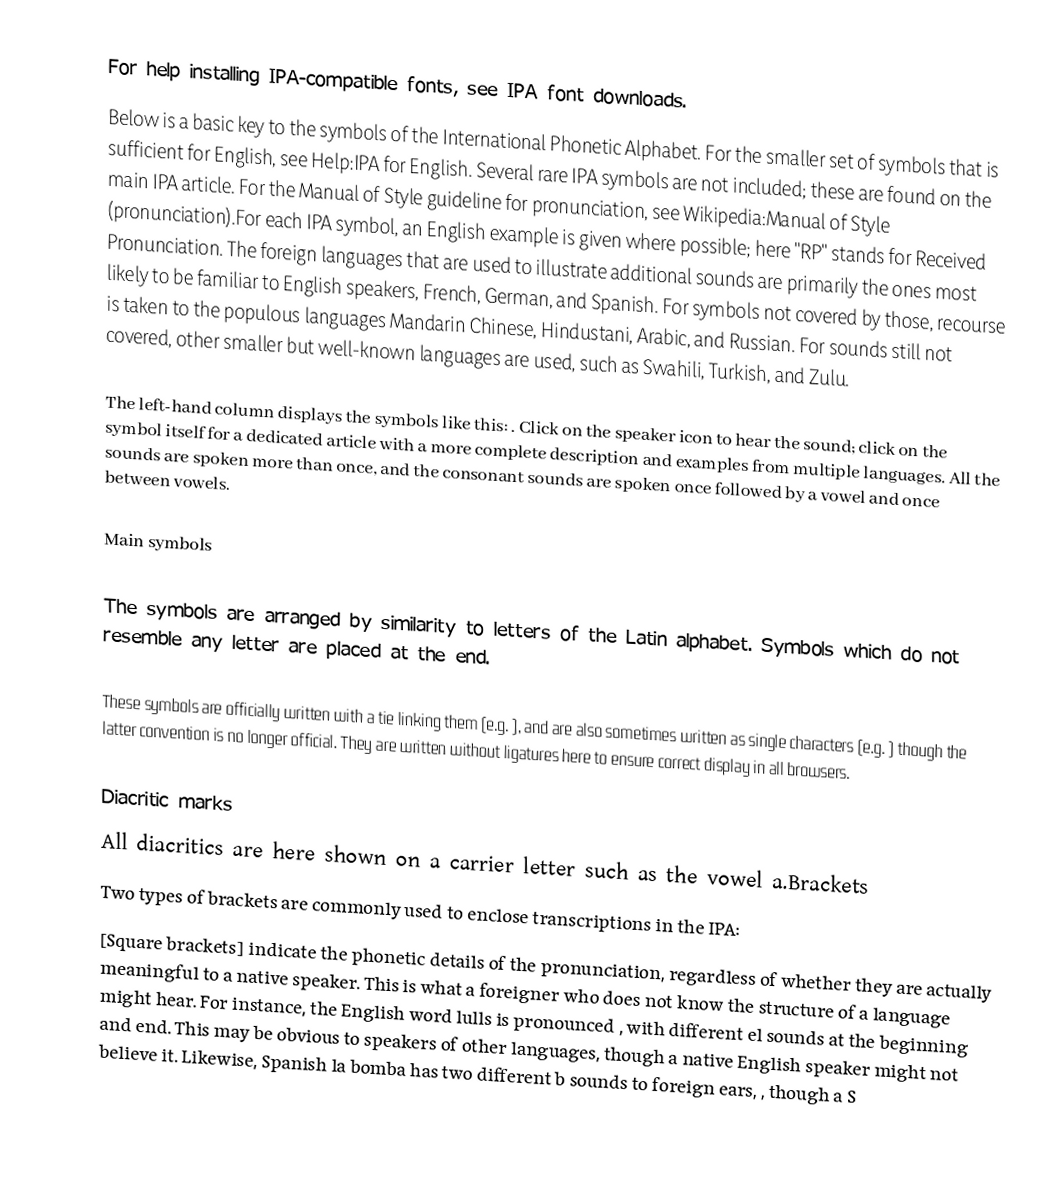
For help installing IPA-compatible fonts, see IPA font downloads.
Below is a basic key to the symbols of the International Phonetic Alphabet. For the smaller set of symbols that is sufficient for English, see Help:IPA for English. Several rare IPA symbols are not included; these are found on the main IPA article. For the Manual of Style guideline for pronunciation, see Wikipedia:Manual of Style (pronunciation).For each IPA symbol, an English example is given where possible; here "RP" stands for Received Pronunciation. The foreign languages that are used to illustrate additional sounds are primarily the ones most likely to be familiar to English speakers, French, German, and Spanish. For symbols not covered by those, recourse is taken to the populous languages Mandarin Chinese, Hindustani, Arabic, and Russian. For sounds still not covered, other smaller but well-known languages are used, such as Swahili, Turkish, and Zulu.

The left-hand column displays the symbols like this: . Click on the speaker icon to hear the sound; click on the symbol itself for a dedicated article with a more complete description and examples from multiple languages. All the sounds are spoken more than once, and the consonant sounds are spoken once followed by a vowel and once between vowels.

Main symbols

The symbols are arranged by similarity to letters of the Latin alphabet. Symbols which do not resemble any letter are placed at the end.

 These symbols are officially written with a tie linking them (e.g. ), and are also sometimes written as single characters (e.g. ) though the latter convention is no longer official. They are written without ligatures here to ensure correct display in all browsers.

Diacritic marks
All diacritics are here shown on a carrier letter such as the vowel a.Brackets
Two types of brackets are commonly used to enclose transcriptions in the IPA:
[Square brackets] indicate the phonetic details of the pronunciation, regardless of whether they are actually meaningful to a native speaker. This is what a foreigner who does not know the structure of a language might hear. For instance, the English word lulls is pronounced , with different el sounds at the beginning and end. This may be obvious to speakers of other languages, though a native English speaker might not believe it. Likewise, Spanish la bomba has two different b sounds to foreign ears, , though a S